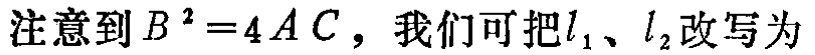
注意到 \(B^{2}=4AC\)，我们可把 \(l_{1}\)、\(l_{2}\) 改写为